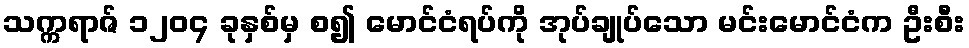
သက္ကရာဇ် ၁၂၀၄ ခုနှစ်မှ စ၍ မောင်ငံရပ်ကို အုပ်ချုပ်သော မင်းမောင်ငံက ဦးစီး